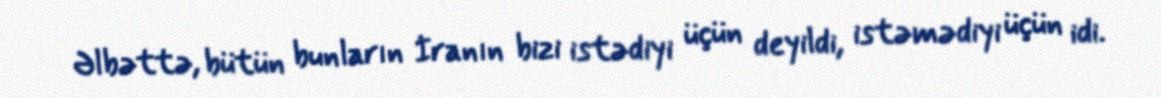
Əlbəttə, bütün bunların İranın bizi istədiyi üçün deyildi, istəmədiyi üçün idi.